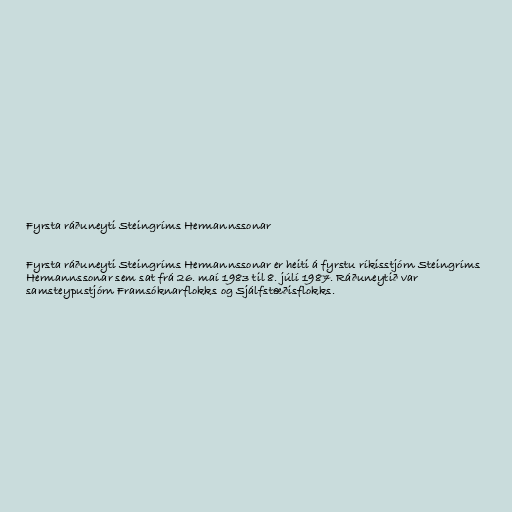
Fyrsta ráðuneyti Steingríms Hermannssonar

Fyrsta ráðuneyti Steingríms Hermannssonar er heiti á fyrstu ríkisstjórn Steingríms
Hermannssonar sem sat frá 26. maí 1983 til 8. júlí 1987. Ráðuneytið var
samsteypustjórn Framsóknarflokks og Sjálfstæðisflokks.